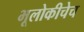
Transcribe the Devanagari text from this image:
भूलोकीचेच